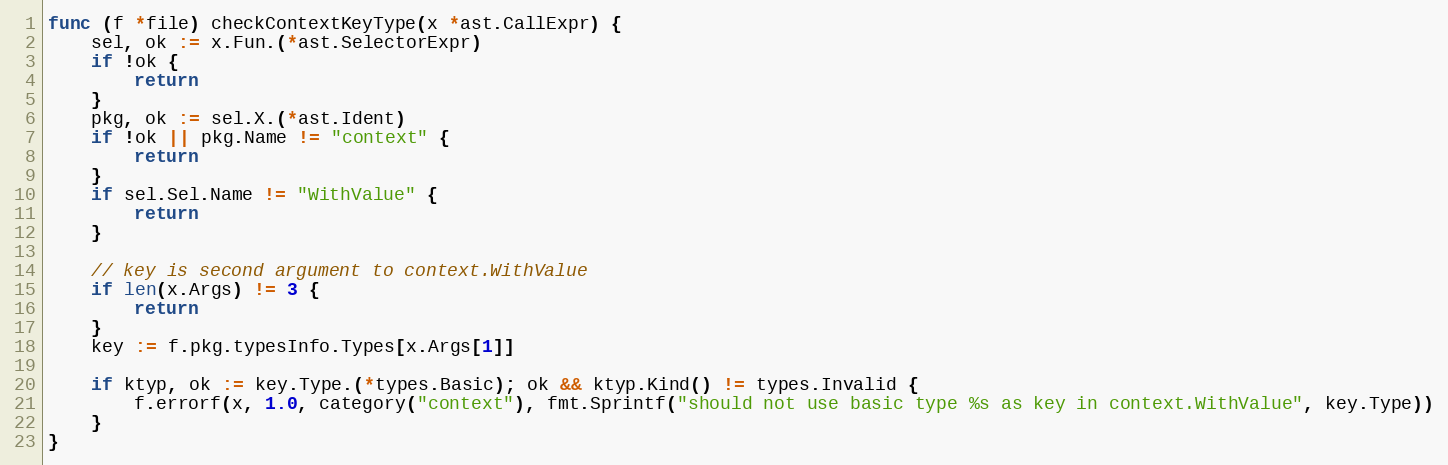
Language: Go
func (f *file) checkContextKeyType(x *ast.CallExpr) {
	sel, ok := x.Fun.(*ast.SelectorExpr)
	if !ok {
		return
	}
	pkg, ok := sel.X.(*ast.Ident)
	if !ok || pkg.Name != "context" {
		return
	}
	if sel.Sel.Name != "WithValue" {
		return
	}

	// key is second argument to context.WithValue
	if len(x.Args) != 3 {
		return
	}
	key := f.pkg.typesInfo.Types[x.Args[1]]

	if ktyp, ok := key.Type.(*types.Basic); ok && ktyp.Kind() != types.Invalid {
		f.errorf(x, 1.0, category("context"), fmt.Sprintf("should not use basic type %s as key in context.WithValue", key.Type))
	}
}